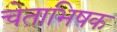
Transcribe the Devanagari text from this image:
चेताभिषक